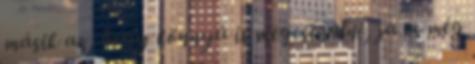
másik az, hogy könnyű is megcsinálni, ja és még